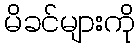
မိခင်များကို